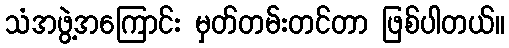
သံအဖွဲ့အကြောင်း မှတ်တမ်းတင်တာ ဖြစ်ပါတယ်။